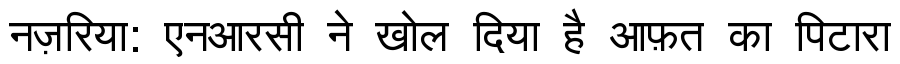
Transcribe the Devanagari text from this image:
नज़रिया: एनआरसी ने खोल दिया है आफ़त का पिटारा